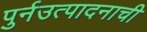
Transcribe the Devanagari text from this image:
पुर्नउत्पादनाची